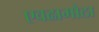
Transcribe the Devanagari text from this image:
एवढामोठा